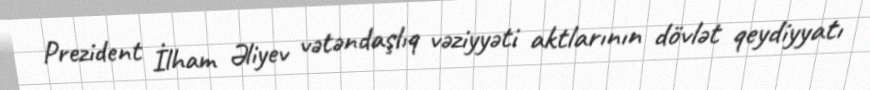
Prezident İlham Əliyev vətəndaşlıq vəziyyəti aktlarının dövlət qeydiyyatı